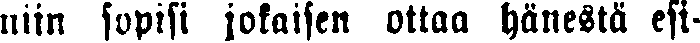
niin sopisi jokaisen ottaa hänestä esi-